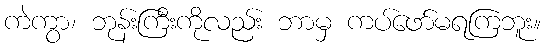
ကဲကွာ၊ ဘုန်းကြီးကိုလည်း ဘာမှ ကပ်ဖော်မရကြဘူး။